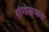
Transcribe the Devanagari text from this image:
रांगोळ्यात